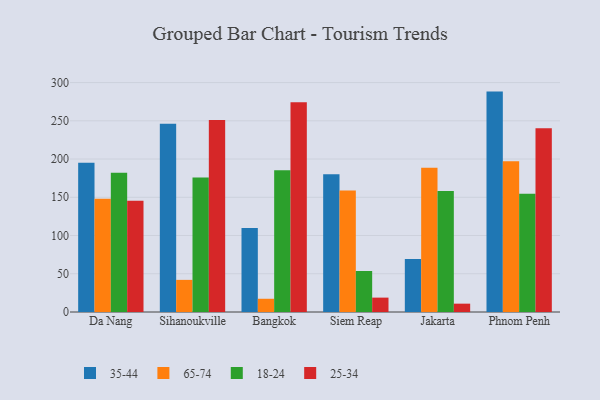
{"axis": {"x": "City", "y": "Waste Production (Tons)"}, "legend": ["18-24", "25-34", "35-44", "65-74"], "data": [{"x": "Da Nang", "y": 195.0, "type": "35-44"}, {"x": "Da Nang", "y": 148.2, "type": "65-74"}, {"x": "Da Nang", "y": 182.0, "type": "18-24"}, {"x": "Da Nang", "y": 145.6, "type": "25-34"}, {"x": "Sihanoukville", "y": 246.2, "type": "35-44"}, {"x": "Sihanoukville", "y": 42.0, "type": "65-74"}, {"x": "Sihanoukville", "y": 175.8, "type": "18-24"}, {"x": "Sihanoukville", "y": 251.2, "type": "25-34"}, {"x": "Bangkok", "y": 109.7, "type": "35-44"}, {"x": "Bangkok", "y": 17.3, "type": "65-74"}, {"x": "Bangkok", "y": 185.4, "type": "18-24"}, {"x": "Bangkok", "y": 274.4, "type": "25-34"}, {"x": "Siem Reap", "y": 180.1, "type": "35-44"}, {"x": "Siem Reap", "y": 158.9, "type": "65-74"}, {"x": "Siem Reap", "y": 53.6, "type": "18-24"}, {"x": "Siem Reap", "y": 18.8, "type": "25-34"}, {"x": "Jakarta", "y": 69.3, "type": "35-44"}, {"x": "Jakarta", "y": 188.5, "type": "65-74"}, {"x": "Jakarta", "y": 158.3, "type": "18-24"}, {"x": "Jakarta", "y": 10.9, "type": "25-34"}, {"x": "Phnom Penh", "y": 288.2, "type": "35-44"}, {"x": "Phnom Penh", "y": 197.1, "type": "65-74"}, {"x": "Phnom Penh", "y": 154.6, "type": "18-24"}, {"x": "Phnom Penh", "y": 240.4, "type": "25-34"}]}